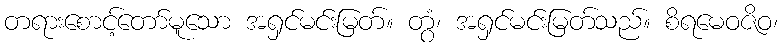
တရားစောင့်တော်မူသော အရှင်မင်းမြတ်။ တွံ၊ အရှင်မင်းမြတ်သည်။ စိရမေဝဇိဝ၊